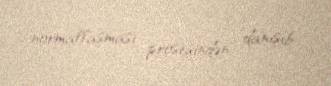
normallaşması prosesindən danışıb.